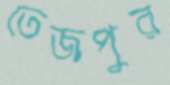
তেজপুর